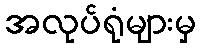
အလုပ်ရုံများမှ